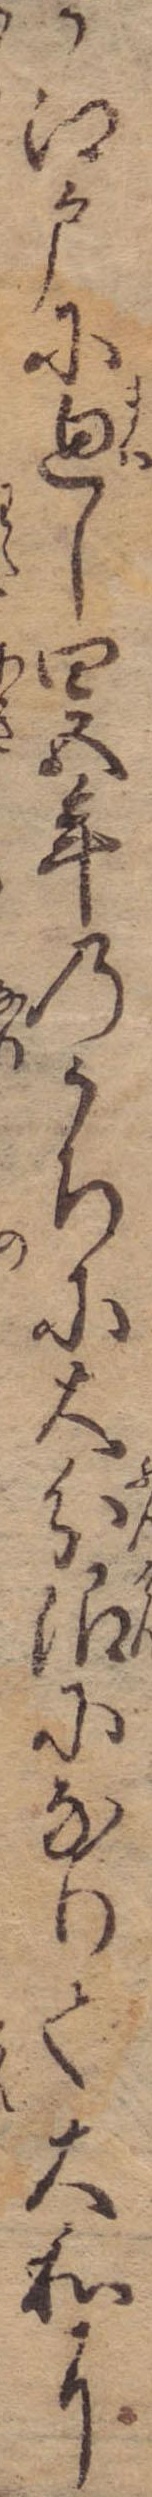
か江戸に廻し四五年のうちに大分限になりて大和に